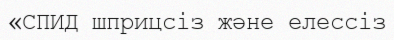
«СПИД шприцсіз және елессіз